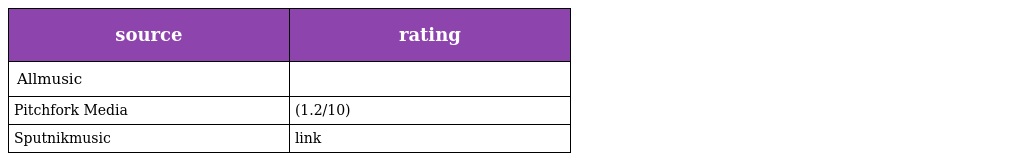
| source | rating |
 | --- | --- |
 | Allmusic |  |
 | Pitchfork Media | (1.2/10) |
 | Sputnikmusic | link |